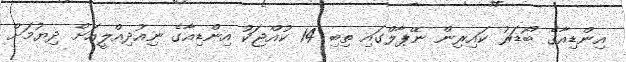
އިންޑިއާގެ ބޯޑަރު ކައިރިން ނޭޕާލްގައި ތިބި 14 ކުއްޖަކު އިންޑިއާގެ ނިއުދިއްލީއަށް ދިޔުމަށް